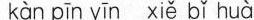
kàn pīn yīn xiě bǐ huà